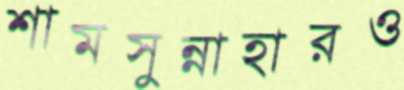
শামসুন্নাহারও